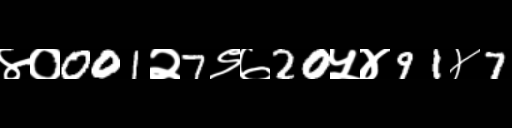
Text: ४०001२7९७20५४91४7